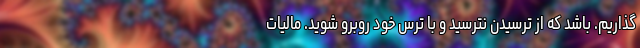
‌گذاریم. باشد که از ترسیدن نترسید و با ترس خود روبرو شوید. مالیات